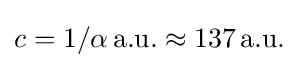
c=1/\alpha \,{\text{a.u.}}\approx 137\,{\text{a.u.}}